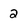
Character: 2